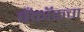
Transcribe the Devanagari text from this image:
बँकॉकचा